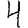
Digit: 4